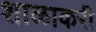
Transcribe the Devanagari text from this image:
शाळाकरी